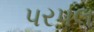
પરપલ